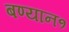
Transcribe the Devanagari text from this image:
बण्यान१